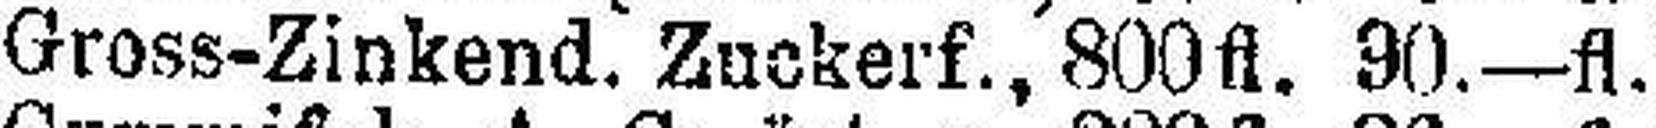
Gross-Zinkend. Zuckerf., 800fl. 90.—fl.